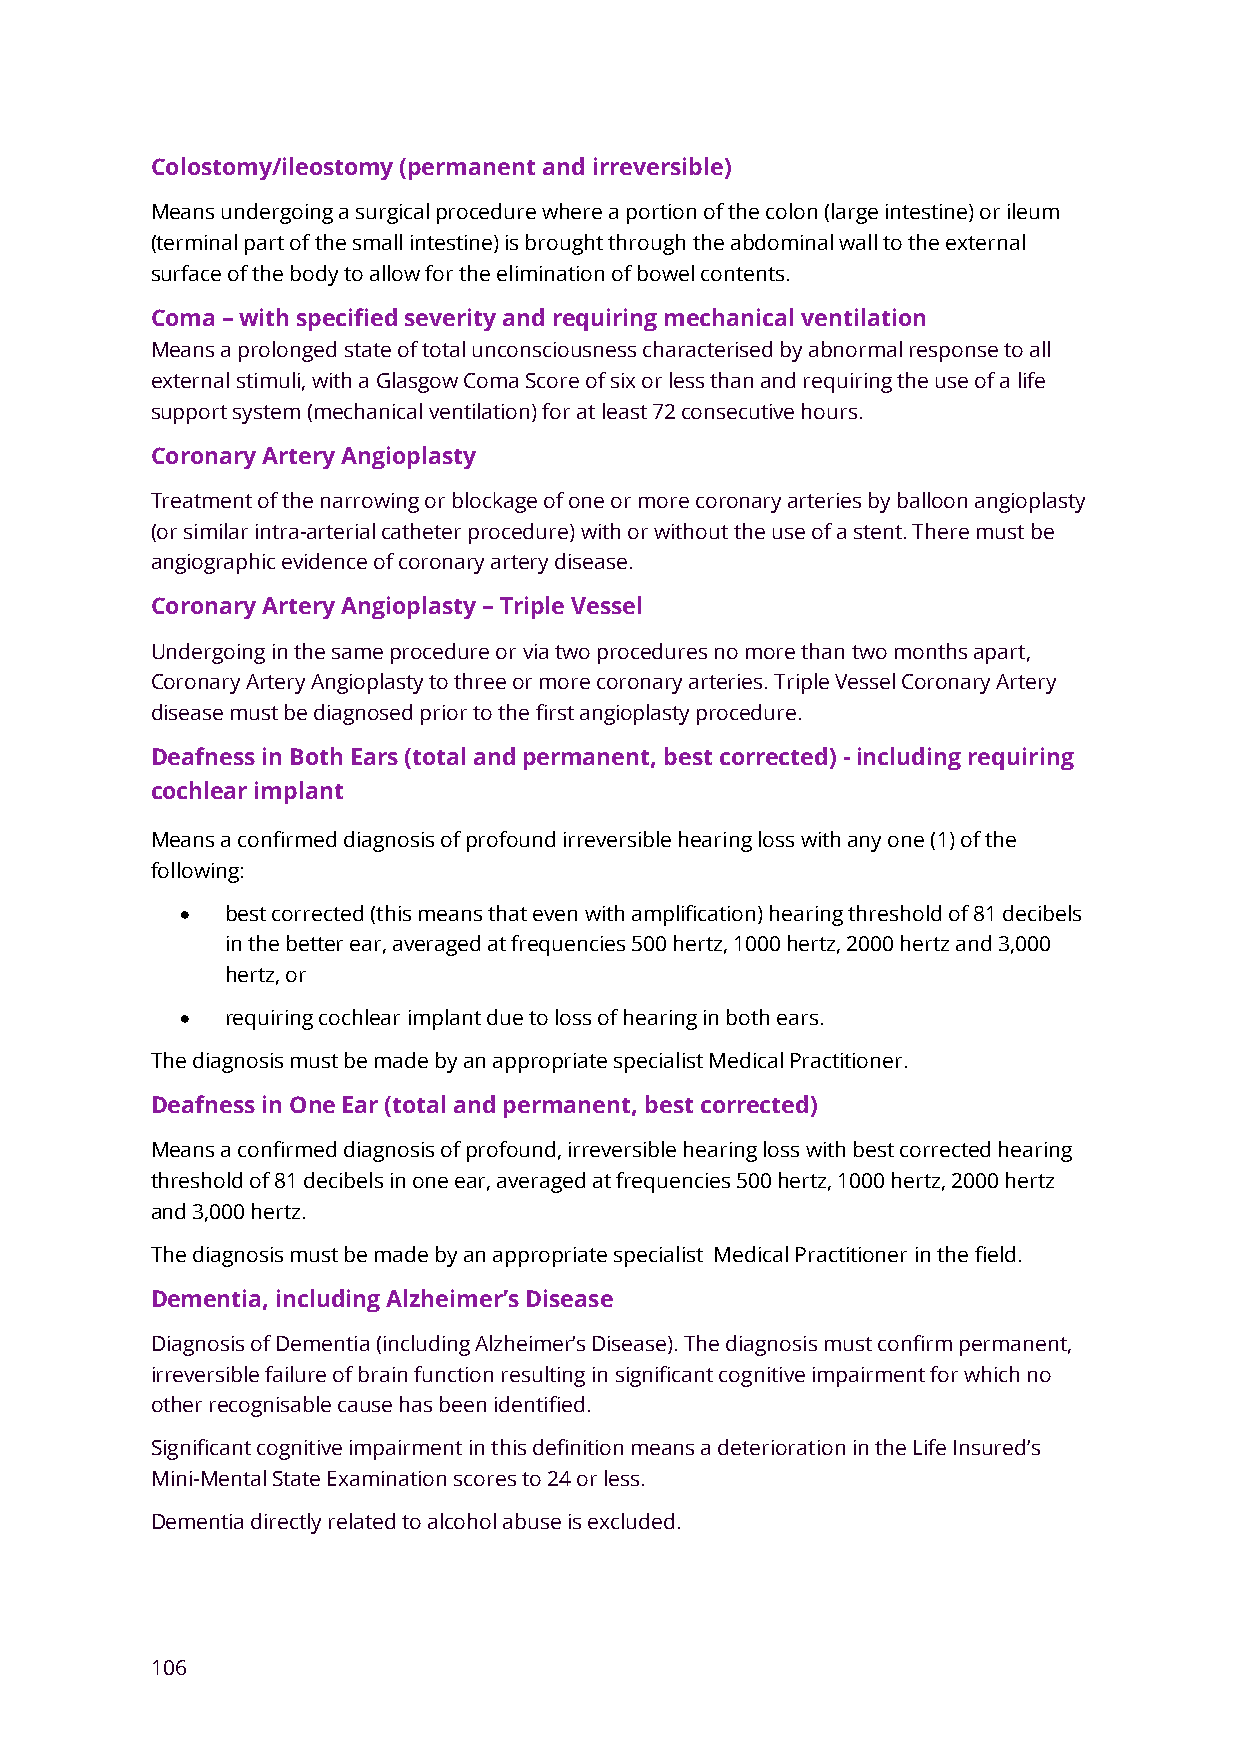
Colostomy/ileostomy (permanent and irreversible)
 Means undergoing a surgical procedure where a portion of the colon (large intestine) or ileum
 (terminal part of the small intestine) is brought through the abdominal wall to the external
 surface of the body to allow for the elimination of bowel contents.
 Coma – with specified severity and requiring mechanical ventilation
 Means a prolonged state of total unconsciousness characterised by abnormal response to all
 external stimuli, with a Glasgow Coma Score of six or less than and requiring the use of a life
 support system (mechanical ventilation) for at least 72 consecutive hours.
 Coronary Artery Angioplasty
 Treatment of the narrowing or blockage of one or more coronary arteries by balloon angioplasty
 (or similar intra-arterial catheter procedure) with or without the use of a stent. There must be
 angiographic evidence of coronary artery disease.
 Coronary Artery Angioplasty – Triple Vessel
 Undergoing in the same procedure or via two procedures no more than two months apart,
 Coronary Artery Angioplasty to three or more coronary arteries. Triple Vessel Coronary Artery
 disease must be diagnosed prior to the first angioplasty procedure.
 Deafness in Both Ears (total and permanent, best corrected) - including requiring
 cochlear implant
 Means a confirmed diagnosis of profound irreversible hearing loss with any one (1) of the
 following:
 •  best corrected (this means that even with amplification) hearing threshold of 81 decibels
 in the better ear, averaged at frequencies 500 hertz, 1000 hertz, 2000 hertz and 3,000
 hertz, or
 •  requiring cochlear implant due to loss of hearing in both ears.
 The diagnosis must be made by an appropriate specialist Medical Practitioner.
 Deafness in One Ear (total and permanent, best corrected)
 Means a confirmed diagnosis of profound, irreversible hearing loss with best corrected hearing
 threshold of 81 decibels in one ear, averaged at frequencies 500 hertz, 1000 hertz, 2000 hertz
 and 3,000 hertz.
 The diagnosis must be made by an appropriate specialist Medical Practitioner in the field.
 Dementia, including Alzheimer’s Disease
 Diagnosis of Dementia (including Alzheimer’s Disease). The diagnosis must confirm permanent,
 irreversible failure of brain function resulting in significant cognitive impairment for which no
 other recognisable cause has been identified.
 Significant cognitive impairment in this definition means a deterioration in the Life Insured’s
 Mini-Mental State Examination scores to 24 or less.
 Dementia directly related to alcohol abuse is excluded.
 106